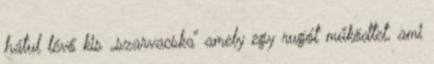
hátul lévő kis „szarvacska” amely egy rugót működtet, ami